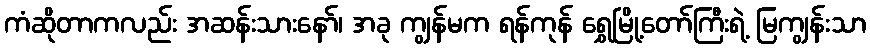
ကံဆိုတာကလည်း အဆန်းသားနော်၊ အခု ကျွန်မက ရန်ကုန် ရွှေမြို့တော်ကြီးရဲ့ မြကျွန်းသာ